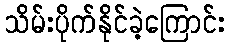
သိမ်းပိုက်နိုင်ခဲ့ကြောင်း